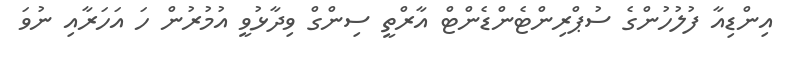
އިންޑިއާ ފުލުހުންގެ ސުޕްރިންޓެންޑެންޓް އާރްތީ ސިންގް ވިދާޅުވީ އުމުރުން ހަ އަހަރާއި ނުވަ